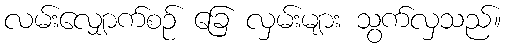
လမ်းလျှောက်စဉ် ခြေ လှမ်းများ သွက်လှသည်။